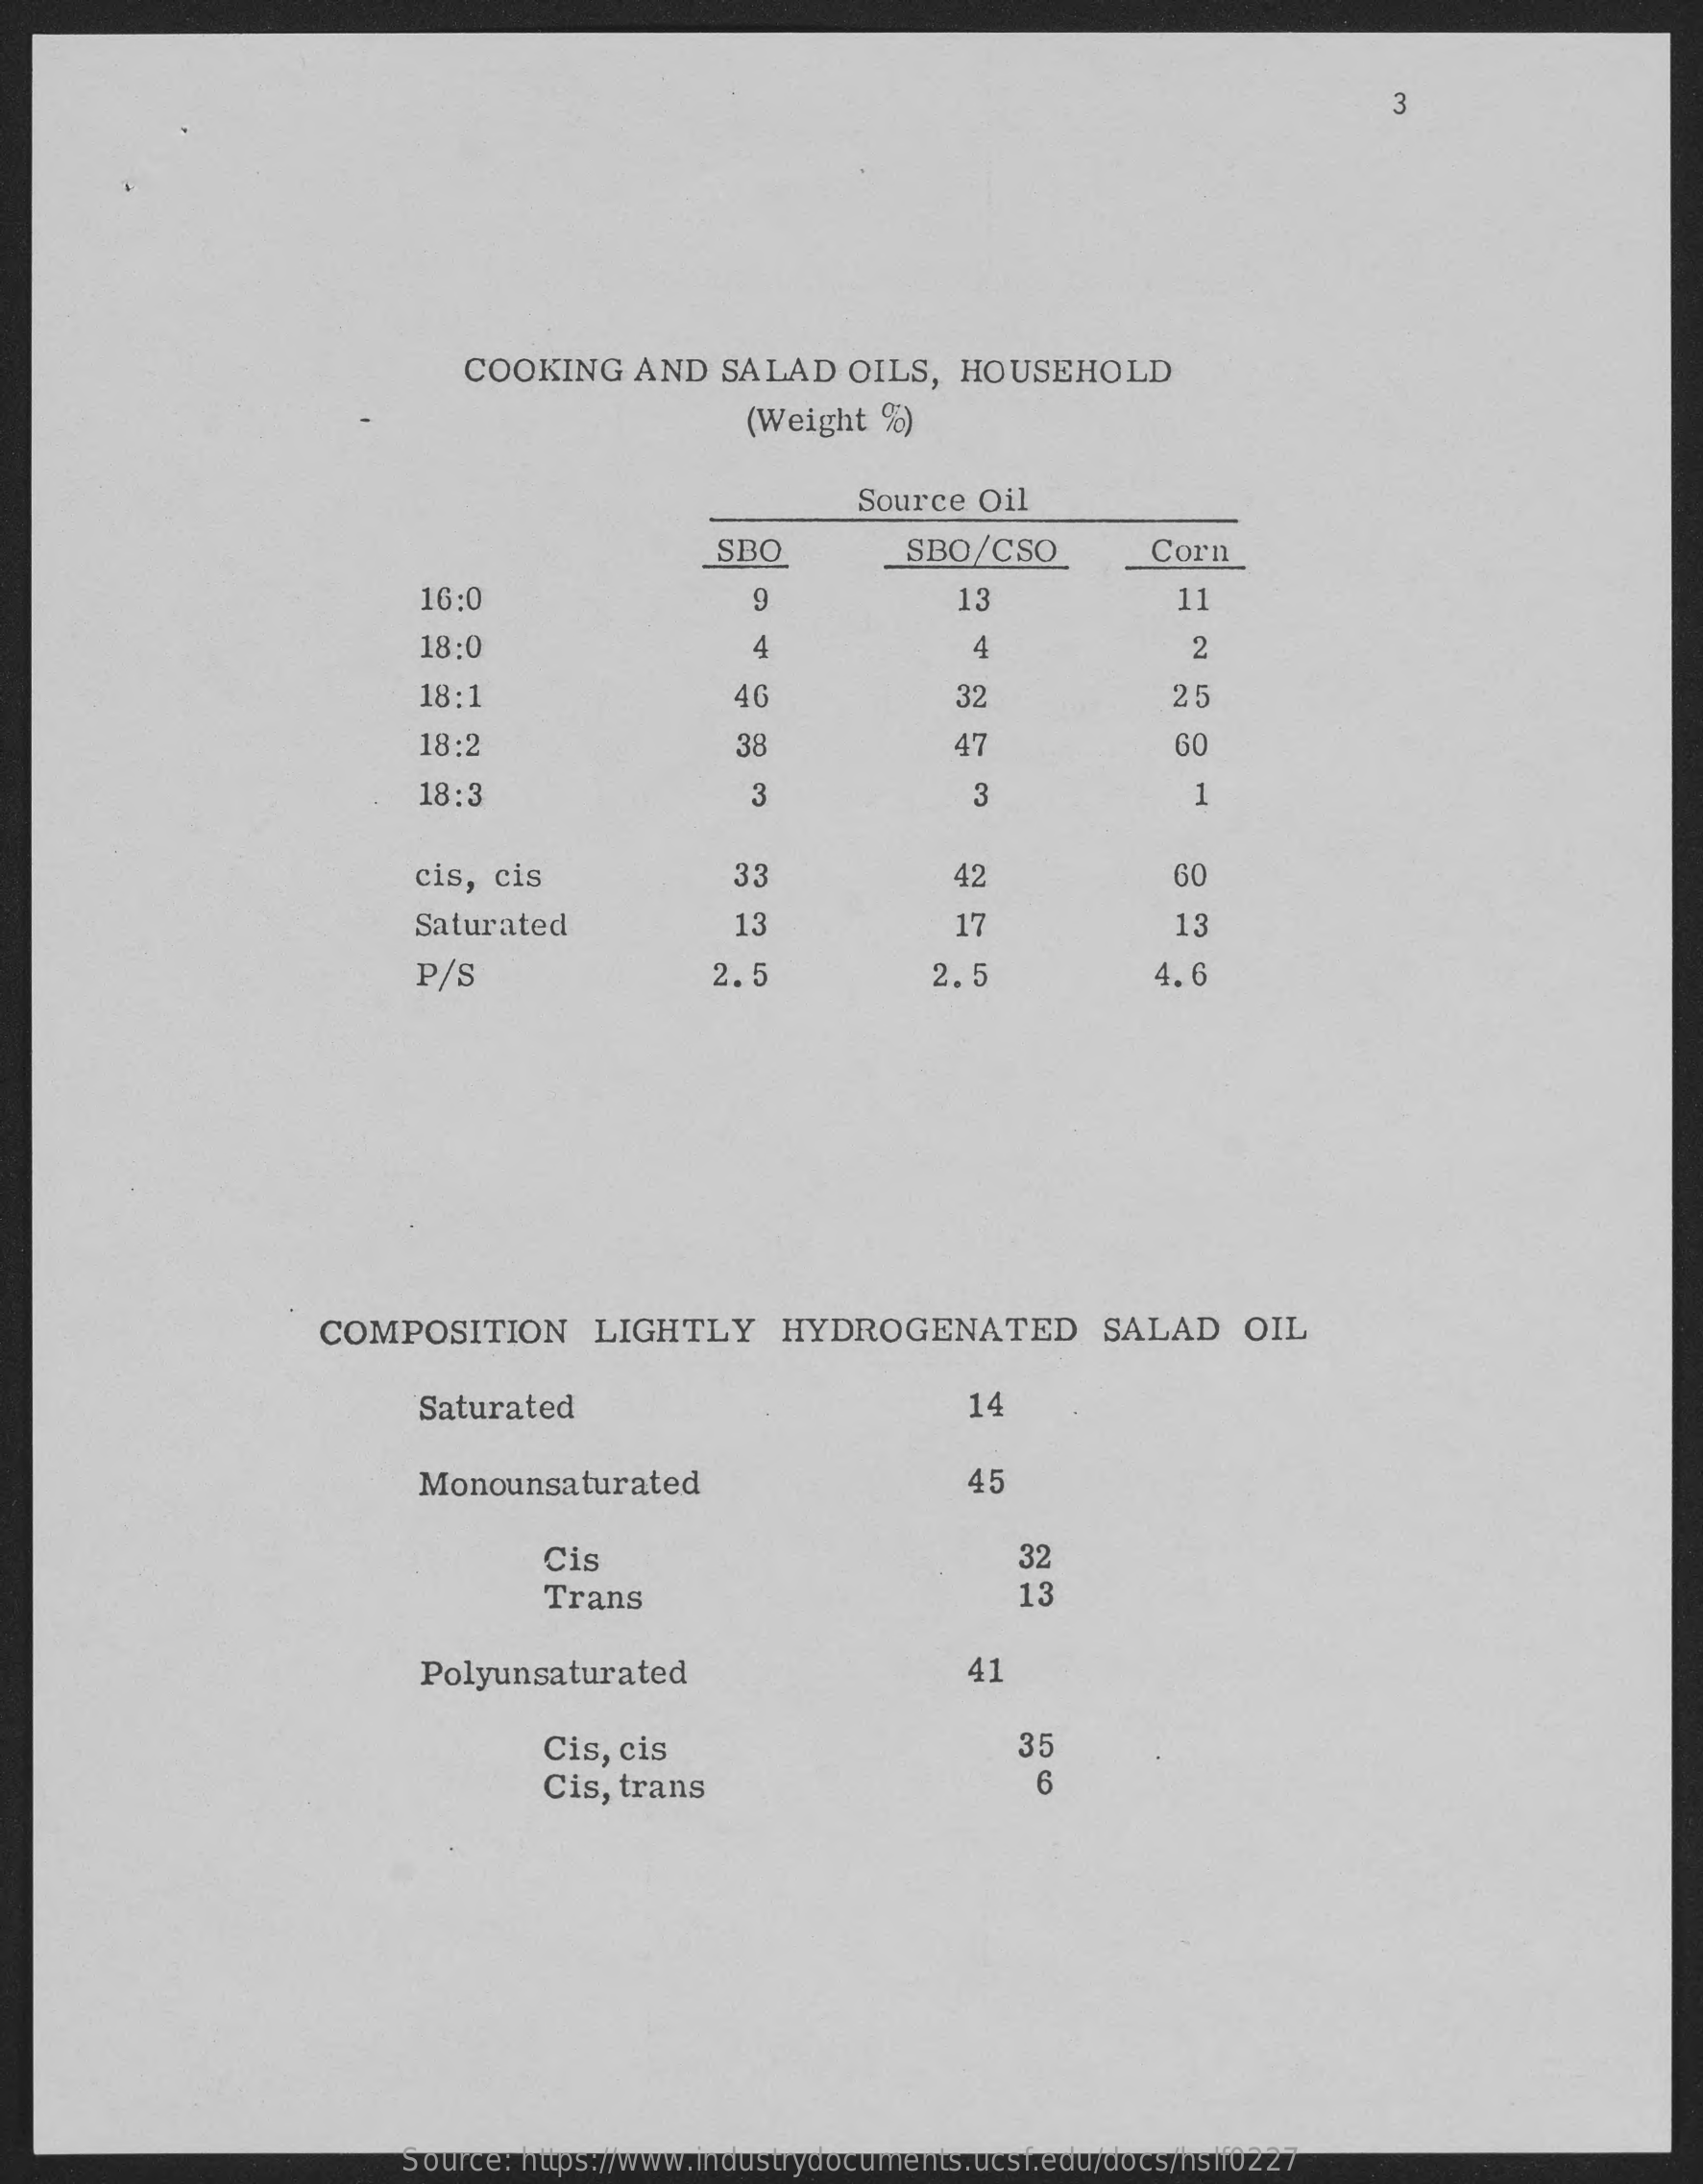
3
     COOKING    AND  SALAD    OILS,  HOUSEHOLD
     (Weight   %)
     Source Oil
     SBO    SBO/CSO    Corn
     16:0    13    11
     18:0    4    4    2
     18:1    46    32    25
     18:2    38    47    60
     18:3    3    3    1
     cis, cis    33    42    60
     Saturated    13    17    13
     P/S    2.5    2.5    4.6
     COMPOSITION    LIGHTLY    HYDROGENATED    SALAD    OIL
     Saturated    14
     Monounsaturated    45
     Cis    32
     Trans    13
     Polyunsaturated    41
     Cis, cis    35
     Cis, trans
     Source: https://www.industrydocuments.ucsf.edu/docs/hslf0227